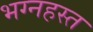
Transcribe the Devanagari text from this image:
भग्नहस्त